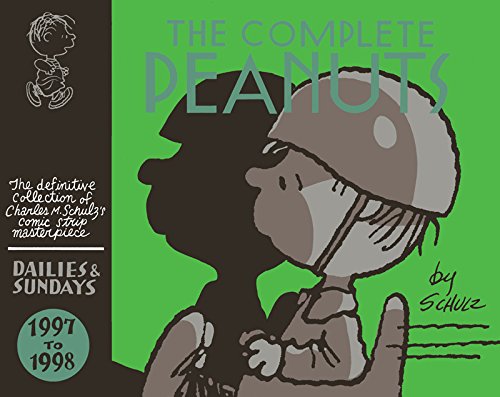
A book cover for The Complete Peanuts 1997-1998 (Vol. 24)  (The Complete Peanuts); Charles M. Schulz; Comics & Graphic Novels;